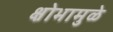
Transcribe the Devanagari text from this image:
क्षोभामुळे